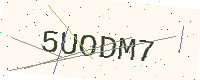
Text: 5UODM7